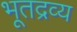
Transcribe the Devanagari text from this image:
भूतद्रव्य